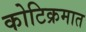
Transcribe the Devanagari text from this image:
कोटिक्रमात